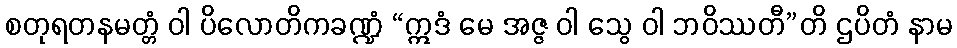
စတုရတနမတ္တံ ဝါ ပိလောတိကခဏ္ဍံ “ဣဒံ မေ အဇ္ဇ ဝါ သွေ ဝါ ဘဝိဿတီ”တိ ဌပိတံ နာမ